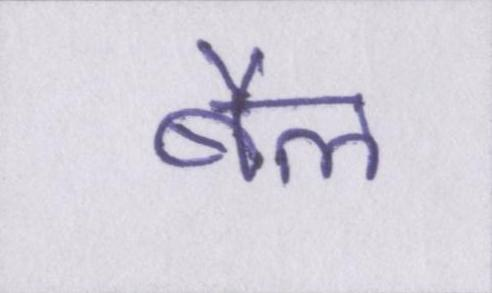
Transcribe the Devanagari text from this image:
बैल